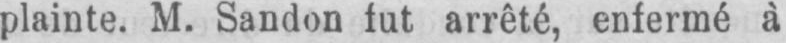
plainte. M. Sandon fut arrêté, enfermé à